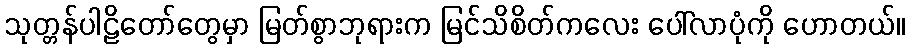
သုတ္တန်ပါဠိတော်တွေမှာ မြတ်စွာဘုရားက မြင်သိစိတ်ကလေး ပေါ်လာပုံကို ဟောတယ်။